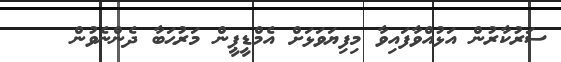
ސަރުކާރުން އަޅުއްވާފައިވާ މިފިޔަވަޅަށް އެމްޑީޕީން މަރުޙަބާ ދެންނެވުން